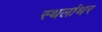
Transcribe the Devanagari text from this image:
स्थलांथर